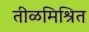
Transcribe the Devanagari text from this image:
तीळमिश्रित